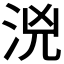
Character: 𣳸